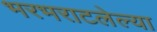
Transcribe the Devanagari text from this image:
भरभराटलेल्या